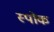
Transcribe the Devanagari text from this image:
स्‍पोक